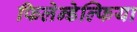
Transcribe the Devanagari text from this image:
फिलेन्डेल्फिया